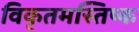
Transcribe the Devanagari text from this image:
विकृतमस्तिष्क